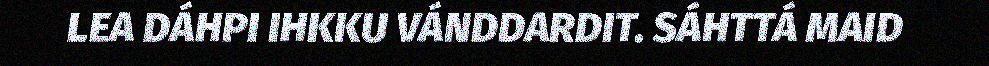
LEA DÁHPI IHKKU VÁNDDARDIT. SÁHTTÁ MAID